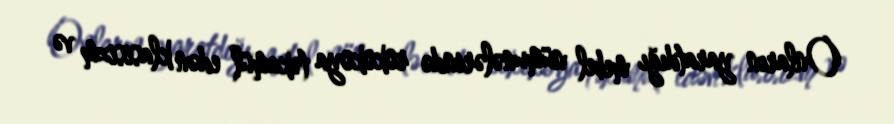
Onların yaratdığı mebel nümunələrində rokokoya təkamül edən klasisizm və